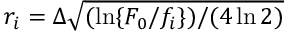
r _ { i } = \Delta \sqrt { ( \ln \lbrace F _ { 0 } / f _ { i } \rbrace ) / ( 4 \ln 2 ) }